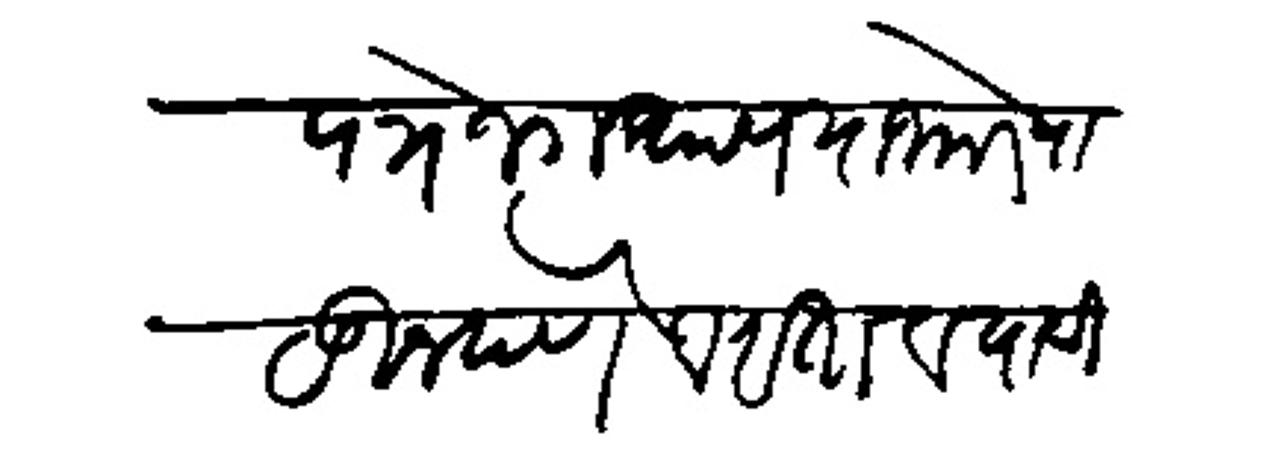
Transliteration (Devanagari): पत्रे जगचाप याजकढें पाठऊन देणे वराता व यादी